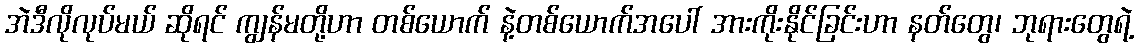
အဲဒီလိုလုပ်မယ် ဆိုရင် ကျွန်မတို့ဟာ တစ်ယောက် နဲ့တစ်ယောက်အပေါ် အားကိုးနိုင်ခြင်းဟာ နတ်တွေ၊ ဘုရားတွေရဲ့